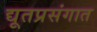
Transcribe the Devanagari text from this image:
द्यूतप्रसंगात